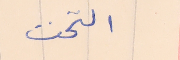
التخت